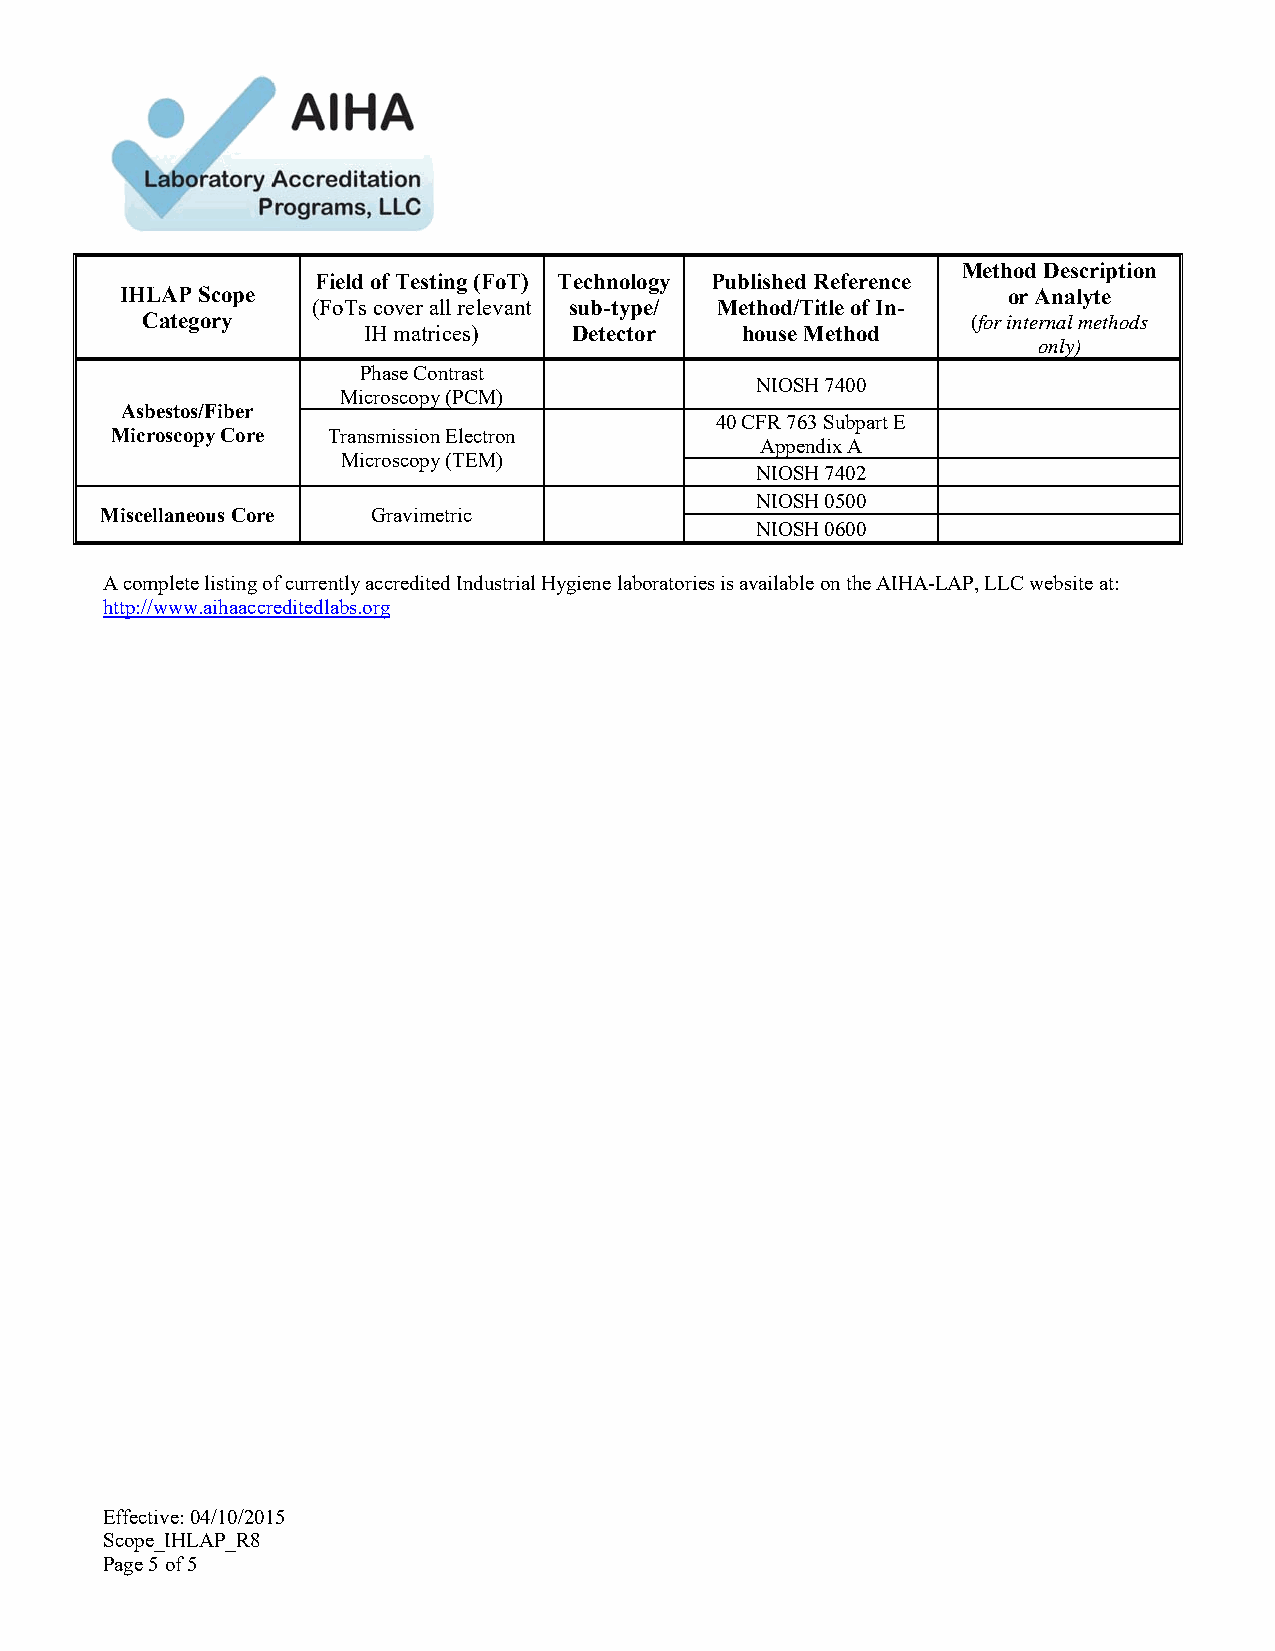
Method Description
 Field of Testing (FoT) Technology Published Reference
 IHLAP Scope                                                or Analyte
 (FoTs cover all relevant sub-type/ Method/Title of In-
 Category                                               (for internal methods
 IH matrices)  Detector   house Method
 only)
 Phase Contrast
 NIOSH 7400
 Microscopy (PCM)
 Asbestos/Fiber
 40 CFR 763 Subpart E
 Microscopy Core Transmission Electron
 Appendix A
 Microscopy (TEM)
 NIOSH 7402
 NIOSH 0500
 Miscellaneous Core Gravimetric
 NIOSH 0600
 A complete listing of currently accredited Industrial Hygiene laboratories is available on the AIHA-LAP, LLC website at:
 http://www.aihaaccreditedlabs.org
 Effective: 04/10/2015
 Scope_IHLAP_R8
 Page 5 of 5